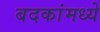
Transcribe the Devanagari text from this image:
बदकांमध्ये